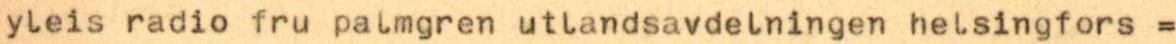
yleis radio fru palmgren utlandsavdelningen helsingfors =